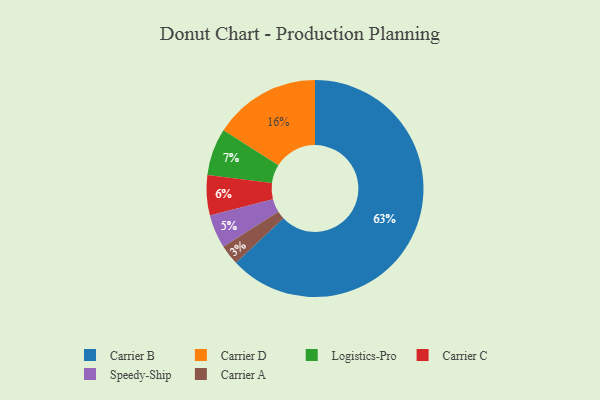
{"axis": {"x": "Category", "y": "Percentage"}, "legend": ["Carrier A", "Carrier B", "Carrier C", "Carrier D", "Logistics-Pro", "Speedy-Ship"], "data": [{"x": "Carrier A", "y": 3, "type": "Carrier A"}, {"x": "Carrier B", "y": 63, "type": "Carrier B"}, {"x": "Logistics-Pro", "y": 7, "type": "Logistics-Pro"}, {"x": "Carrier D", "y": 16, "type": "Carrier D"}, {"x": "Speedy-Ship", "y": 5, "type": "Speedy-Ship"}, {"x": "Carrier C", "y": 6, "type": "Carrier C"}]}